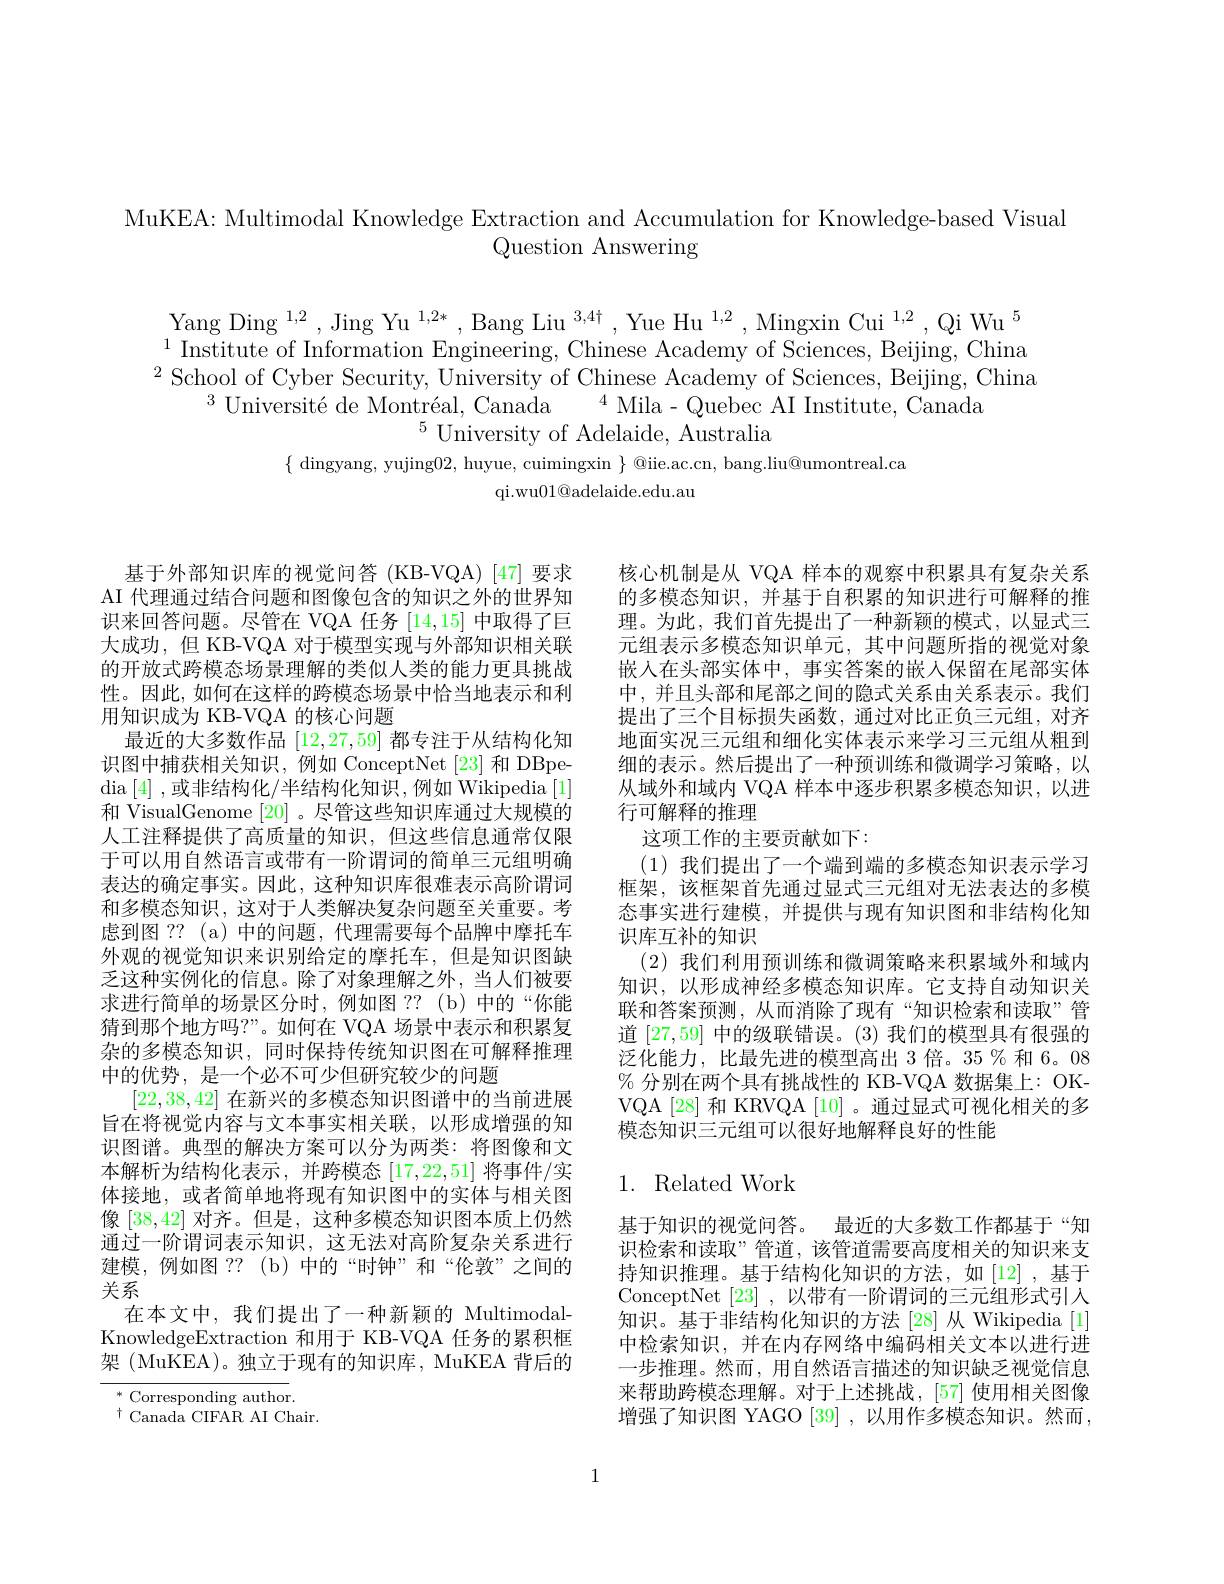
MuKEA: Multimodal Knowledge Extraction and Accumulation for Knowledge-based Visual
Question Answering

Yang Ding $^1,2$,Jing Yu $^{1,2*}$,Bang Liu$^3,4\dagger$,Yue Hu$^1,2$,Mingxin Cui$^1,2,\text{Qi Wu}^5$ $^{1}$ Institute of Information Engineering, Chinese Academy of Sciences, Beijing, China $^{2}$ School of Cyber Security, University of Chinese Academy of Sciences, Beijing, China
$^{3}$Université de Montréal, Canada$^4$Mila-Quebec AI Institute, Canada
$^5$ University of Adelaide, Australia
$\{$ dingyang, yujing02, huyue, cuimingxin $\}$ @iie.ac.cn, bang.liu@umontreal.ca
qi. wu01@ adelaide. edu. au

基于外部知识库的视觉问答(KB-VQA)[47]要求AI 代理通过结合问题和图像包含的知识之外的世界知识来回答问题。尽管在 VQA 任务[14,15]中取得了巨大成功，但 KB-VQA 对于模型实现与外部知识相关联的开放式跨模态场景理解的类似人类的能力更具挑战性。因此，如何在这样的跨模态场景中恰当地表示和利用知识成为 KB-VQA 的核心问题
最近的大多数作品[12,27,59]都专注于从结构化知识图中捕获相关知识，例如 ConceptNet[23] 和 DBpe- $\operatorname{dia}\left[4\right]$,或非结构化/半结构化知识，例如 Wikipedia$\left[1\right]$ 和 VisualGenome [20] 。尽管这些知识库通过大规模的人工注释提供了高质量的知识，但这些信息通常仅限于可以用自然语言或带有一阶谓词的简单三元组明确表达的确定事实。因此，这种知识库很难表示高阶谓词和多模态知识，这对于人类解决复杂问题至关重要。考虑到图 ?? (a)中的问题，代理需要每个品牌中摩托车外观的视觉知识来识别给定的摩托车，但是知识图缺乏这种实例化的信息。除了对象理解之外，当人们被要求进行简单的场景区分时，例如图 ??(b)中的“你能猜到那个地方吗？”。如何在 VQA 场景中表示和积累复杂的多模态知识，同时保持传统知识图在可解释推理中的优势，是一个必不可少但研究较少的问题
[22,38,42]在新兴的多模态知识图谱中的当前进展旨在将视觉内容与文本事实相关联，以形成增强的知识图谱。典型的解决方案可以分为两类：将图像和文本解析为结构化表示，并跨模态[17,22,51]将事件/实体接地，或者简单地将现有知识图中的实体与相关图像[38,42]对齐。但是，这种多模态知识图本质上仍然通过一阶谓词表示知识，这无法对高阶复杂关系进行建模，例如图 ??(b)中的“时钟”和“伦敦”之间的关系
在本文中，我们提出了一种新颖的 MultimodalKnowledgeExtraction 和用于 KB-VQA 任务的累积框架 (MuKEA)。独立于现有的知识库，MuKEA 背后的$^*$ Corresponding author

$^{\dagger}$Canada CIFAR AI Chair.

核心机制是从 VQA 样本的观察中积累具有复杂关系的多模态知识，并基于自积累的知识进行可解释的推理。为此，我们首先提出了一种新颖的模式，以显式三元组表示多模态知识单元，其中问题所指的视觉对象嵌入在头部实体中，事实答案的嵌人保留在尾部实体中，并且头部和尾部之间的隐式关系由关系表示。我们提出了三个目标损失函数，通过对比正负三元组，对齐地面实况三元组和细化实体表示来学习三元组从粗到细的表示。然后提出了一种预训练和微调学习策略，以从域外和域内 VQA 样本中逐步积累多模态知识，以进行可解释的推理
这项工作的主要贡献如下：
(1)我们提出了一个端到端的多模态知识表示学习框架，该框架首先通过显式三元组对无法表达的多模态事实进行建模，并提供与现有知识图和非结构化知识库互补的知识
(2)我们利用预训练和微调策略来积累域外和域内知识，以形成神经多模态知识库。它支持自动知识关联和答案预测，从而消除了现有“知识检索和读取”管道[27,59]中的级联错误。(3) 我们的模型具有很强的泛化能力，比最先进的模型高出 3 倍。35% 和 6。08 % 分别在两个具有挑战性的 KB-VQA 数据集上：OKVQA [28] 和 KRVQA [10] 。通过显式可视化相关的多模态知识三元组可以很好地解释良好的性能

## 1. Related Work

基于知识的视觉问答。最近的大多数工作都基于“知识检索和读取”管道，该管道需要高度相关的知识来支持知识推理。基于结构化知识的方法，如[12],基于ConceptNet [23] ,以带有一阶谓词的三元组形式引入知识。基于非结构化知识的方法 [28] 从 Wikipedia [1] 中检索知识，并在内存网络中编码相关文本以进行进一步推理。然而，用自然语言描述的知识缺乏视觉信息来帮助跨模态理解。对于上述挑战，[57] 使用相关图像增强了知识图 YAGO [39], 以用作多模态知识。然而，

1